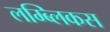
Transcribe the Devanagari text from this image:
लम्ब्लिकस